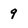
Character: 9